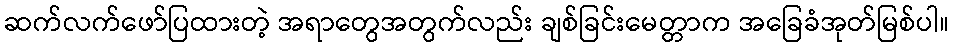
ဆက်လက်ဖော်ပြထားတဲ့ အရာတွေအတွက်လည်း ချစ်ခြင်းမေတ္တာက အခြေခံအုတ်မြစ်ပါ။